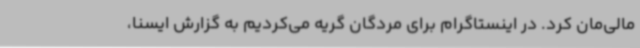
مالی‌مان کرد. در اینستاگرام برای مردگان گریه می‌کردیم به گزارش ایسنا،